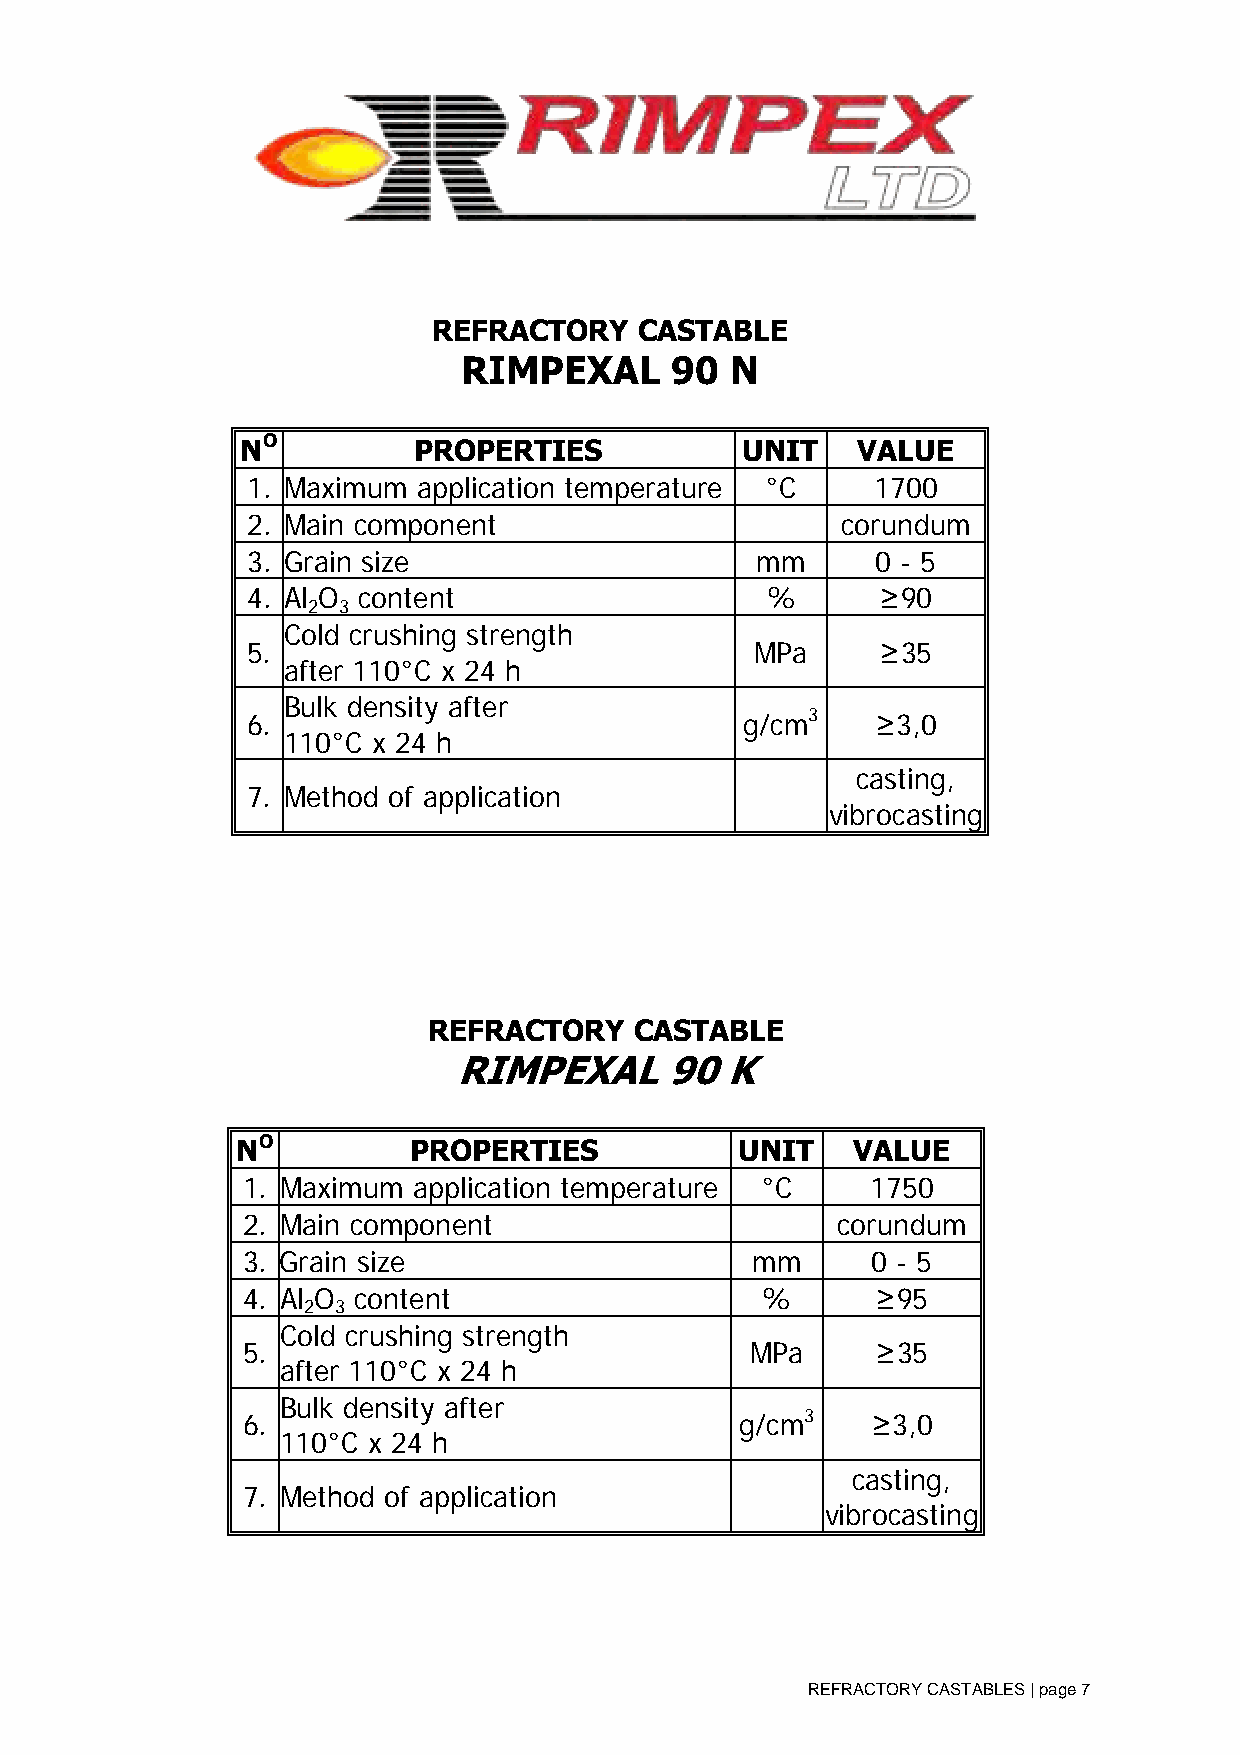
REFRACTORY   CASTABLE
 RIMPEXAL     90  N
 NO         PRO  PERTIES          UNIT    VALUE
 1. Maximum  app l ication temperature °C  1700
 2. Main com ponent                      corundum
 3. Grain siz e                    mm      0 - 5
 4. Al O content                    %      ≥90
 2 3
 Cold cr ush ing stre n gth
 5 .                               MPa     ≥35
 after 11 0°C x 24 h
 Bulk density after
 6 .                              g/cm3    ≥3,0
 110°C x 24 h
 casting,
 7. Method of application
 vibrocasting
 REFRACTORY    CASTABLE
 RIMPEXAL      90  K
 NO         PRO PERTIES           UNIT    VALUE
 1. Maximum appl i cation temperature °C   1750
 2. Main comp onent                     corundum
 3. Grain size                     mm      0 - 5
 4. Al O content                   %       ≥95
 2 3
 Cold cru sh ing stren gth
 5.                                MPa     ≥35
 after 110 °C x 24 h
 Bulk density after
 6.                               g/cm3    ≥3,0
 110°C x 24 h
 casting,
 7. Method of application
 vibrocasting
 REFRACTORY CASTABLES | page 7